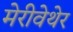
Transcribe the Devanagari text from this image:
मेरीवेथेर